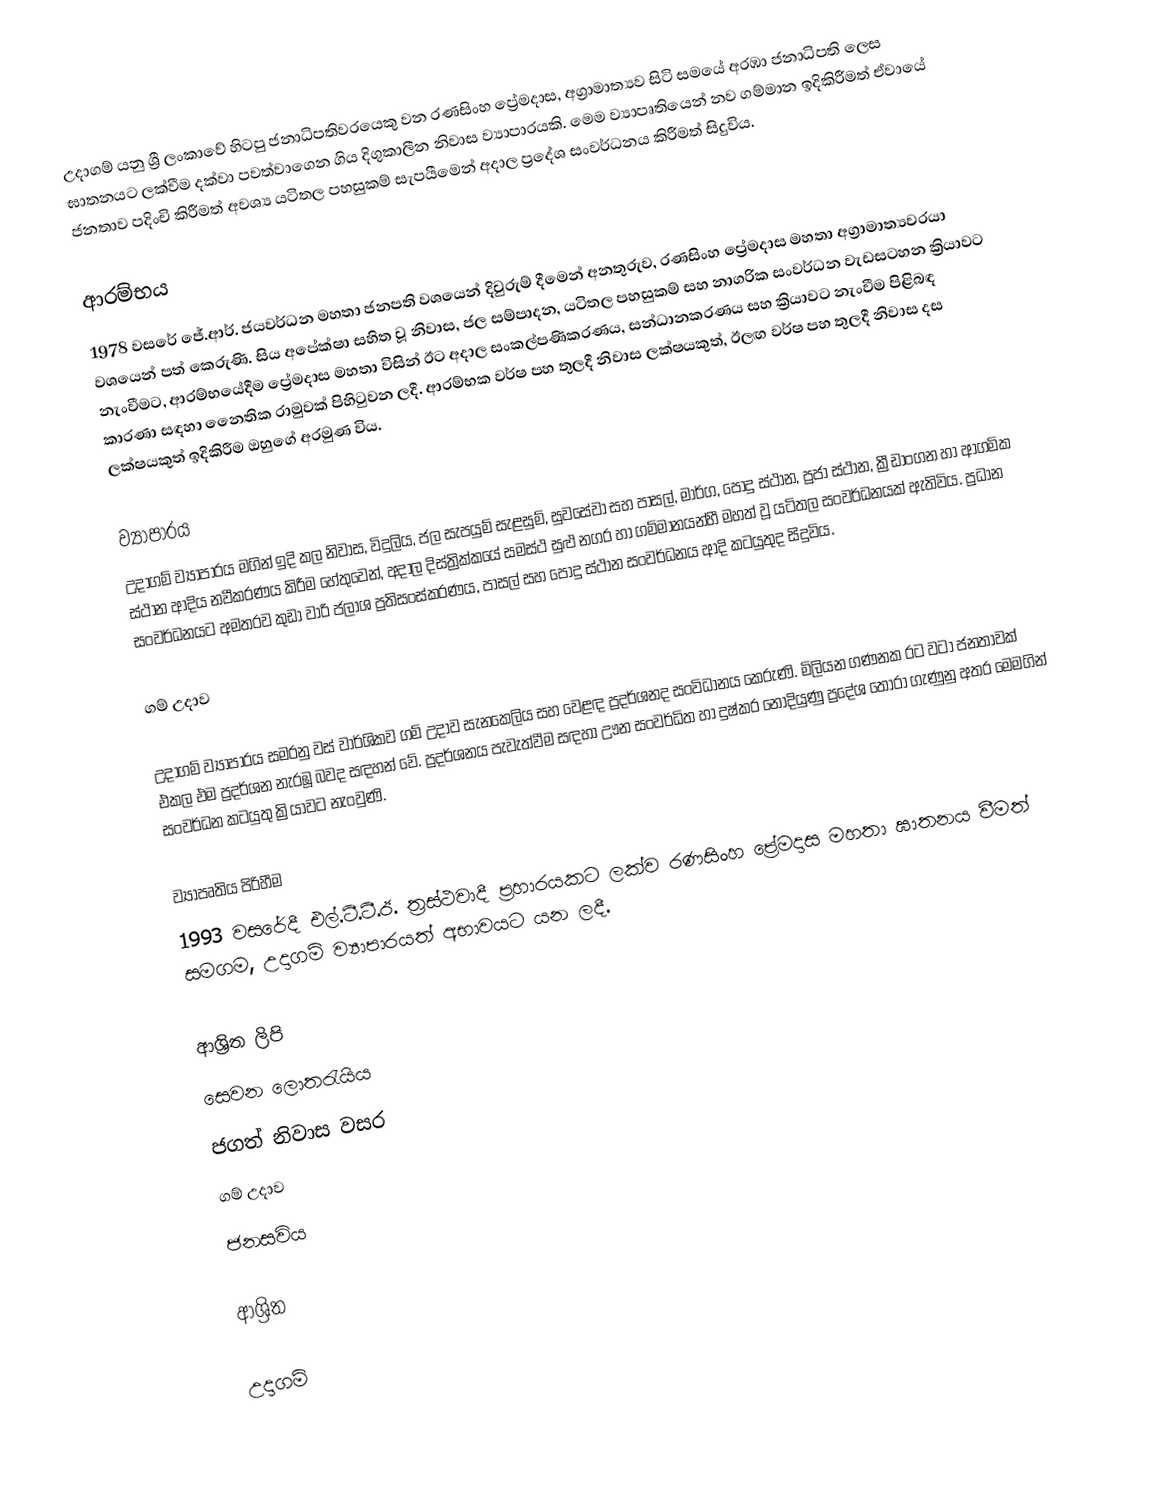
උදාගම් යනු ශ්‍රී ලංකාවේ හිටපු ජනාධිපතිවරයෙකු වන රණසිංහ ප්‍රේමදාස, අග්‍රාමාත්‍යව සිටි සමයේ අරඹා ජනාධිපති ලෙස ඝාතනයට ලක්වීම දක්වා පවත්වාගෙන ගිය දිගුකාලීන නිවාස ව්‍යාපාරයකි. මෙම ව්‍යාපෘතියෙන් නව ගම්මාන ඉදිකිරීමත් ඒවායේ ජනතාව පදිංචි කිරීමත් අවශ්‍ය යටිතල පහසුකම් සැපයීමෙන් අදාල ප්‍රදේශ සංවර්ධනය කිරීමත් සිදුවිය.

ආරම්භය
1978 වසරේ ජේ.ආර්. ජයවර්ධන මහතා ජනපති වශයෙන් දිවුරුම් දීමෙන් අනතුරුව, රණසිංහ ප්‍රේමදාස මහතා අග්‍රාමාත්‍යවරයා වශයෙන් පත් කෙරුණි. සිය අපේක්ෂා සහිත වූ නිවාස, ජල සම්පාදන, යටිතල පහසුකම් සහ නාගරික සංවර්ධන වැඩසටහන ක්‍රියාවට නැංවීමට, ආරම්භයේදීම ප්‍රේමදාස මහතා විසින් ඊට අදාල සංකල්පණිකරණය, සන්ධානකරණය සහ ක්‍රියාවට නැංවීම පිළිබඳ කාරණා සඳහා නෙෙතික රාමුවක් පිහිටුවන ලදී. ආරම්භක වර්ෂ පහ තුලදී නිවාස ලක්ෂයකුත්, ඊලඟ වර්ෂ පහ තුලදී නිවාස දස ලක්ෂයකුත් ඉදිකිරීම ඔහුගේ අරමුණ විය.

ව්‍යාපාරය
උදාගම් ව්‍යාපාරය මගින් ඉදි කල නිවාස, විදුලිය, ජල සැපයුම් සැළසුම්, සුවසේවා සහ පාසල්, මාර්ග, පොදු ස්ථාන, ප්‍රජා ස්ථාන, ක්‍රීඩාංගන හා ආගමික ස්ථාන ආදිය නවීකරණය කිරීම හේතුවෙන්, අදාල දිස්ත්‍රික්කයේ සමස්ථ සුළු නගර හා ගම්මානයන්හී මහත් වූ යටිතල සංවර්ධනයක් ඇතිවිය. ප්‍රධාන සංවර්ධනයට අමතරව කුඩා වාරි ජලාශ ප්‍රතිසංස්කරණය, පාසල් සහ පොදු ස්ථාන සංවර්ධනය ආදි කටයුතුද සිදුවිය.

ගම් උදාව

උදාගම් ව්‍යාපාරය සමරනු වස් වාර්ශිකව ගම් උදාව සැනකෙලිය සහ වෙළඳ ප්‍රදර්ශනද සංවිධානය කෙරුණි. මිලියන ගණනක රට වටා ජනතාවක් එකල එම ප්‍රදර්ශන නැරඹූ බවද සඳහන් වේ. ප්‍රදර්ශනය පැවැත්වීම සඳහා ඌන සංවර්ධිත හා දුෂ්කර නොදියුණු ප්‍රදේශ තෝරා ගැණුනු අතර මෙමගින් සංවර්ධන කටයුතු ක්‍රියාවට නැංවුණි.

ව්‍යාපෘතිය පිරිහීම
1993 වසරේදී එල්.ටී.ටී.ඊ. ත්‍රස්ථවාදී ප්‍රහාරයකට ලක්ව රණසිංහ ප්‍රේමදාස මහතා ඝාතනය වීමත් සමගම, උදාගම් ව්‍යාපාරයත් අභාවයට යන ලදී.

ආශ්‍රිත ලිපි
 සෙවන ලොතරැයිය
 ජගත් නිවාස වසර
 ගම් උදාව
 ජනසවිය

ආශ්‍රිත

උදාගම්